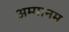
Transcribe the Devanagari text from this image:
अम्मानम